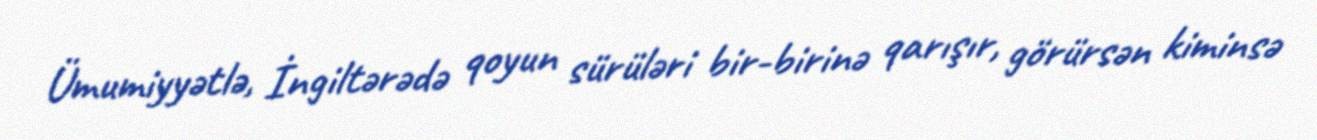
Ümumiyyətlə, İngiltərədə qoyun sürüləri bir-birinə qarışır, görürsən kiminsə